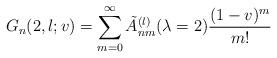
LaTeX: \begin{align*} G_n(2, l; v) = \sum_{m=0}^{\infty} \tilde{A}_{nm}^{(l)}(\lambda=2) \frac{(1-v)^m}{m!}\end{align*}